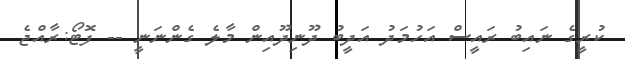
ކުރީގެ ނައިބު ރައީސް އަހުމަދު އަދީބު ދޫނިދޫއިން މާލެ ގެންނަނީ -- ފޮޓޯ:ރާއްޖެ